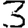
Digit: 3